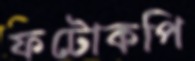
ফটোকপি